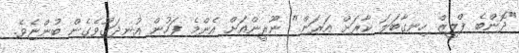
"ދޮންބެ ޕްލީޒް ހިނގާބަލަ ކާރަށް އަރަން." ނޫރީންއަށް އެންމެ ފަހުން އުނދަގޫވެގެން ބުންޏެވެ.